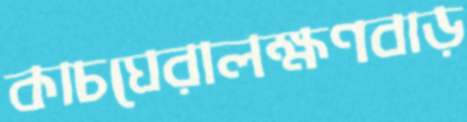
কাচঘেরালক্ষণবাড়